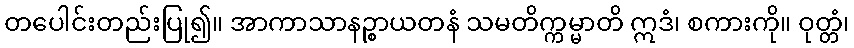
တပေါင်းတည်းပြု၍။ အာကာသာနဉ္စာယတနံ သမတိက္ကမ္မာတိ ဣဒံ၊ စကားကို။ ဝုတ္တံ၊